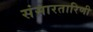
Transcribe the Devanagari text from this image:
संसारतारिणी